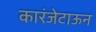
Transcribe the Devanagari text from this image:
कारंजेटाऊन